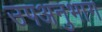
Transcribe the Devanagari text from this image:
उपअनुभाग